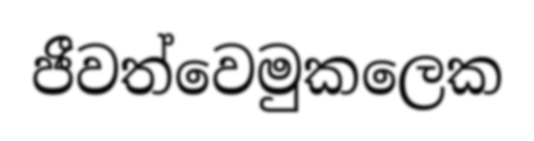
ජීවත්වෙමුකලෙක